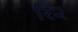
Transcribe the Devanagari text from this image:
रि२